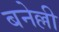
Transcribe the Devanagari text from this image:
बनेल्ली